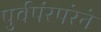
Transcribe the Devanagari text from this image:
पुर्वपंरपरेने